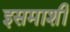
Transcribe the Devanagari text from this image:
इसमाशी